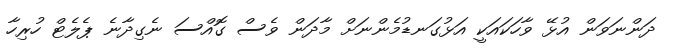
ދަންނަވަން އުޅޭ ވާހަކައަކީ އަޅުގަނޑުމެންނަށް މާދަން ވެސް ގޮއްސަ ނެގިދާނެ ޕެލެޓް ހުރިހާ